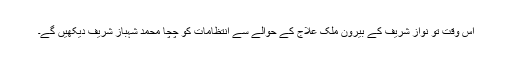
اس وقت تو نواز شریف کے بیرون ملک علاج کے حوالے سے انتظامات کو چچا محمد شہباز شریف دیکھیں گے۔